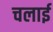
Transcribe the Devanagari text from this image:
चलार्इ